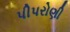
પીપરોણી